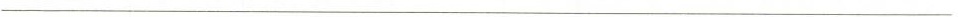
___